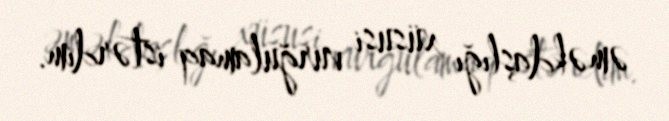
əməkdaşlığı xüsusi vurğulamaq istərdim.